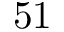
5 1